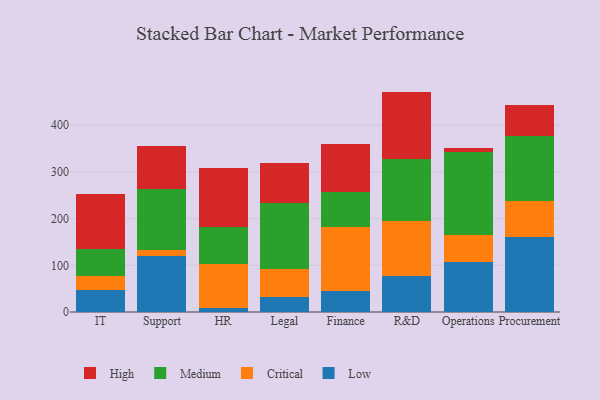
{"axis": {"x": "Department", "y": "Population (Million)"}, "legend": ["Critical", "High", "Low", "Medium"], "data": [{"x": "IT", "y": 47.9, "type": "Low"}, {"x": "IT", "y": 29.7, "type": "Critical"}, {"x": "IT", "y": 56.6, "type": "Medium"}, {"x": "IT", "y": 118.8, "type": "High"}, {"x": "Support", "y": 120.0, "type": "Low"}, {"x": "Support", "y": 13.4, "type": "Critical"}, {"x": "Support", "y": 129.0, "type": "Medium"}, {"x": "Support", "y": 93.5, "type": "High"}, {"x": "HR", "y": 9.6, "type": "Low"}, {"x": "HR", "y": 93.0, "type": "Critical"}, {"x": "HR", "y": 80.3, "type": "Medium"}, {"x": "HR", "y": 126.1, "type": "High"}, {"x": "Legal", "y": 33.1, "type": "Low"}, {"x": "Legal", "y": 59.4, "type": "Critical"}, {"x": "Legal", "y": 142.0, "type": "Medium"}, {"x": "Legal", "y": 84.9, "type": "High"}, {"x": "Finance", "y": 44.8, "type": "Low"}, {"x": "Finance", "y": 137.2, "type": "Critical"}, {"x": "Finance", "y": 75.3, "type": "Medium"}, {"x": "Finance", "y": 103.0, "type": "High"}, {"x": "R&D", "y": 76.3, "type": "Low"}, {"x": "R&D", "y": 118.2, "type": "Critical"}, {"x": "R&D", "y": 132.3, "type": "Medium"}, {"x": "R&D", "y": 145.2, "type": "High"}, {"x": "Operations", "y": 106.8, "type": "Low"}, {"x": "Operations", "y": 58.9, "type": "Critical"}, {"x": "Operations", "y": 177.3, "type": "Medium"}, {"x": "Operations", "y": 8.6, "type": "High"}, {"x": "Procurement", "y": 159.7, "type": "Low"}, {"x": "Procurement", "y": 77.8, "type": "Critical"}, {"x": "Procurement", "y": 140.3, "type": "Medium"}, {"x": "Procurement", "y": 66.4, "type": "High"}]}